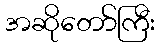
အဆိုတော်ကြီး